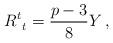
LaTeX: \begin{align*}R^t_{\ t} = \frac{p-3}{8} Y \,,\end{align*}